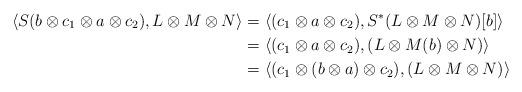
LaTeX: \begin{align*}\langle S(b\otimes c_1\otimes a\otimes c_2),L\otimes M\otimes N\rangle&=\langle ( c_1\otimes a\otimes c_2),S^*(L\otimes M\otimes N)[b]\rangle\\&=\langle ( c_1\otimes a\otimes c_2),(L\otimes M(b)\otimes N)\rangle\\&=\langle ( c_1\otimes (b\otimes a)\otimes c_2),(L\otimes M\otimes N)\rangle\end{align*}